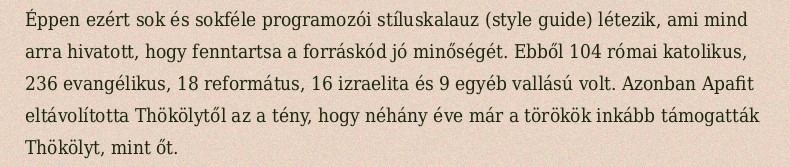
Éppen ezért sok és sokféle programozói stíluskalauz (style guide) létezik, ami mind arra hivatott, hogy fenntartsa a forráskód jó minőségét. Ebből 104 római katolikus, 236 evangélikus, 18 református, 16 izraelita és 9 egyéb vallású volt. Azonban Apafit eltávolította Thökölytől az a tény, hogy néhány éve már a törökök inkább támogatták Thökölyt, mint őt.